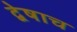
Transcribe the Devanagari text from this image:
द्वेषाच